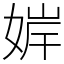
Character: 婩